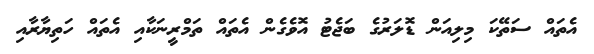
އެތައް ސަތޭކަ މިލިއަން ޑޮލަރުގެ ބަޖެޓު އޮވެގެން އެތައް ތަމްރީނަކާއި އެތައް ހަތިޔާރާއި